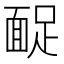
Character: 𩈤